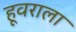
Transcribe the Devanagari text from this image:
हूवराला